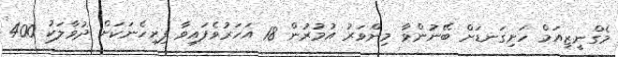
މެގްނީޒިއަމް ހަށިގަނޑަށް ބޭނުންވާ މިންވަރު އުމުރުން 18 އަހަރުވެފައިވާ ފިރިހެނަކަށް ދުވާލަކު 400